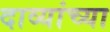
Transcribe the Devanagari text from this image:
दाव्यांच्या